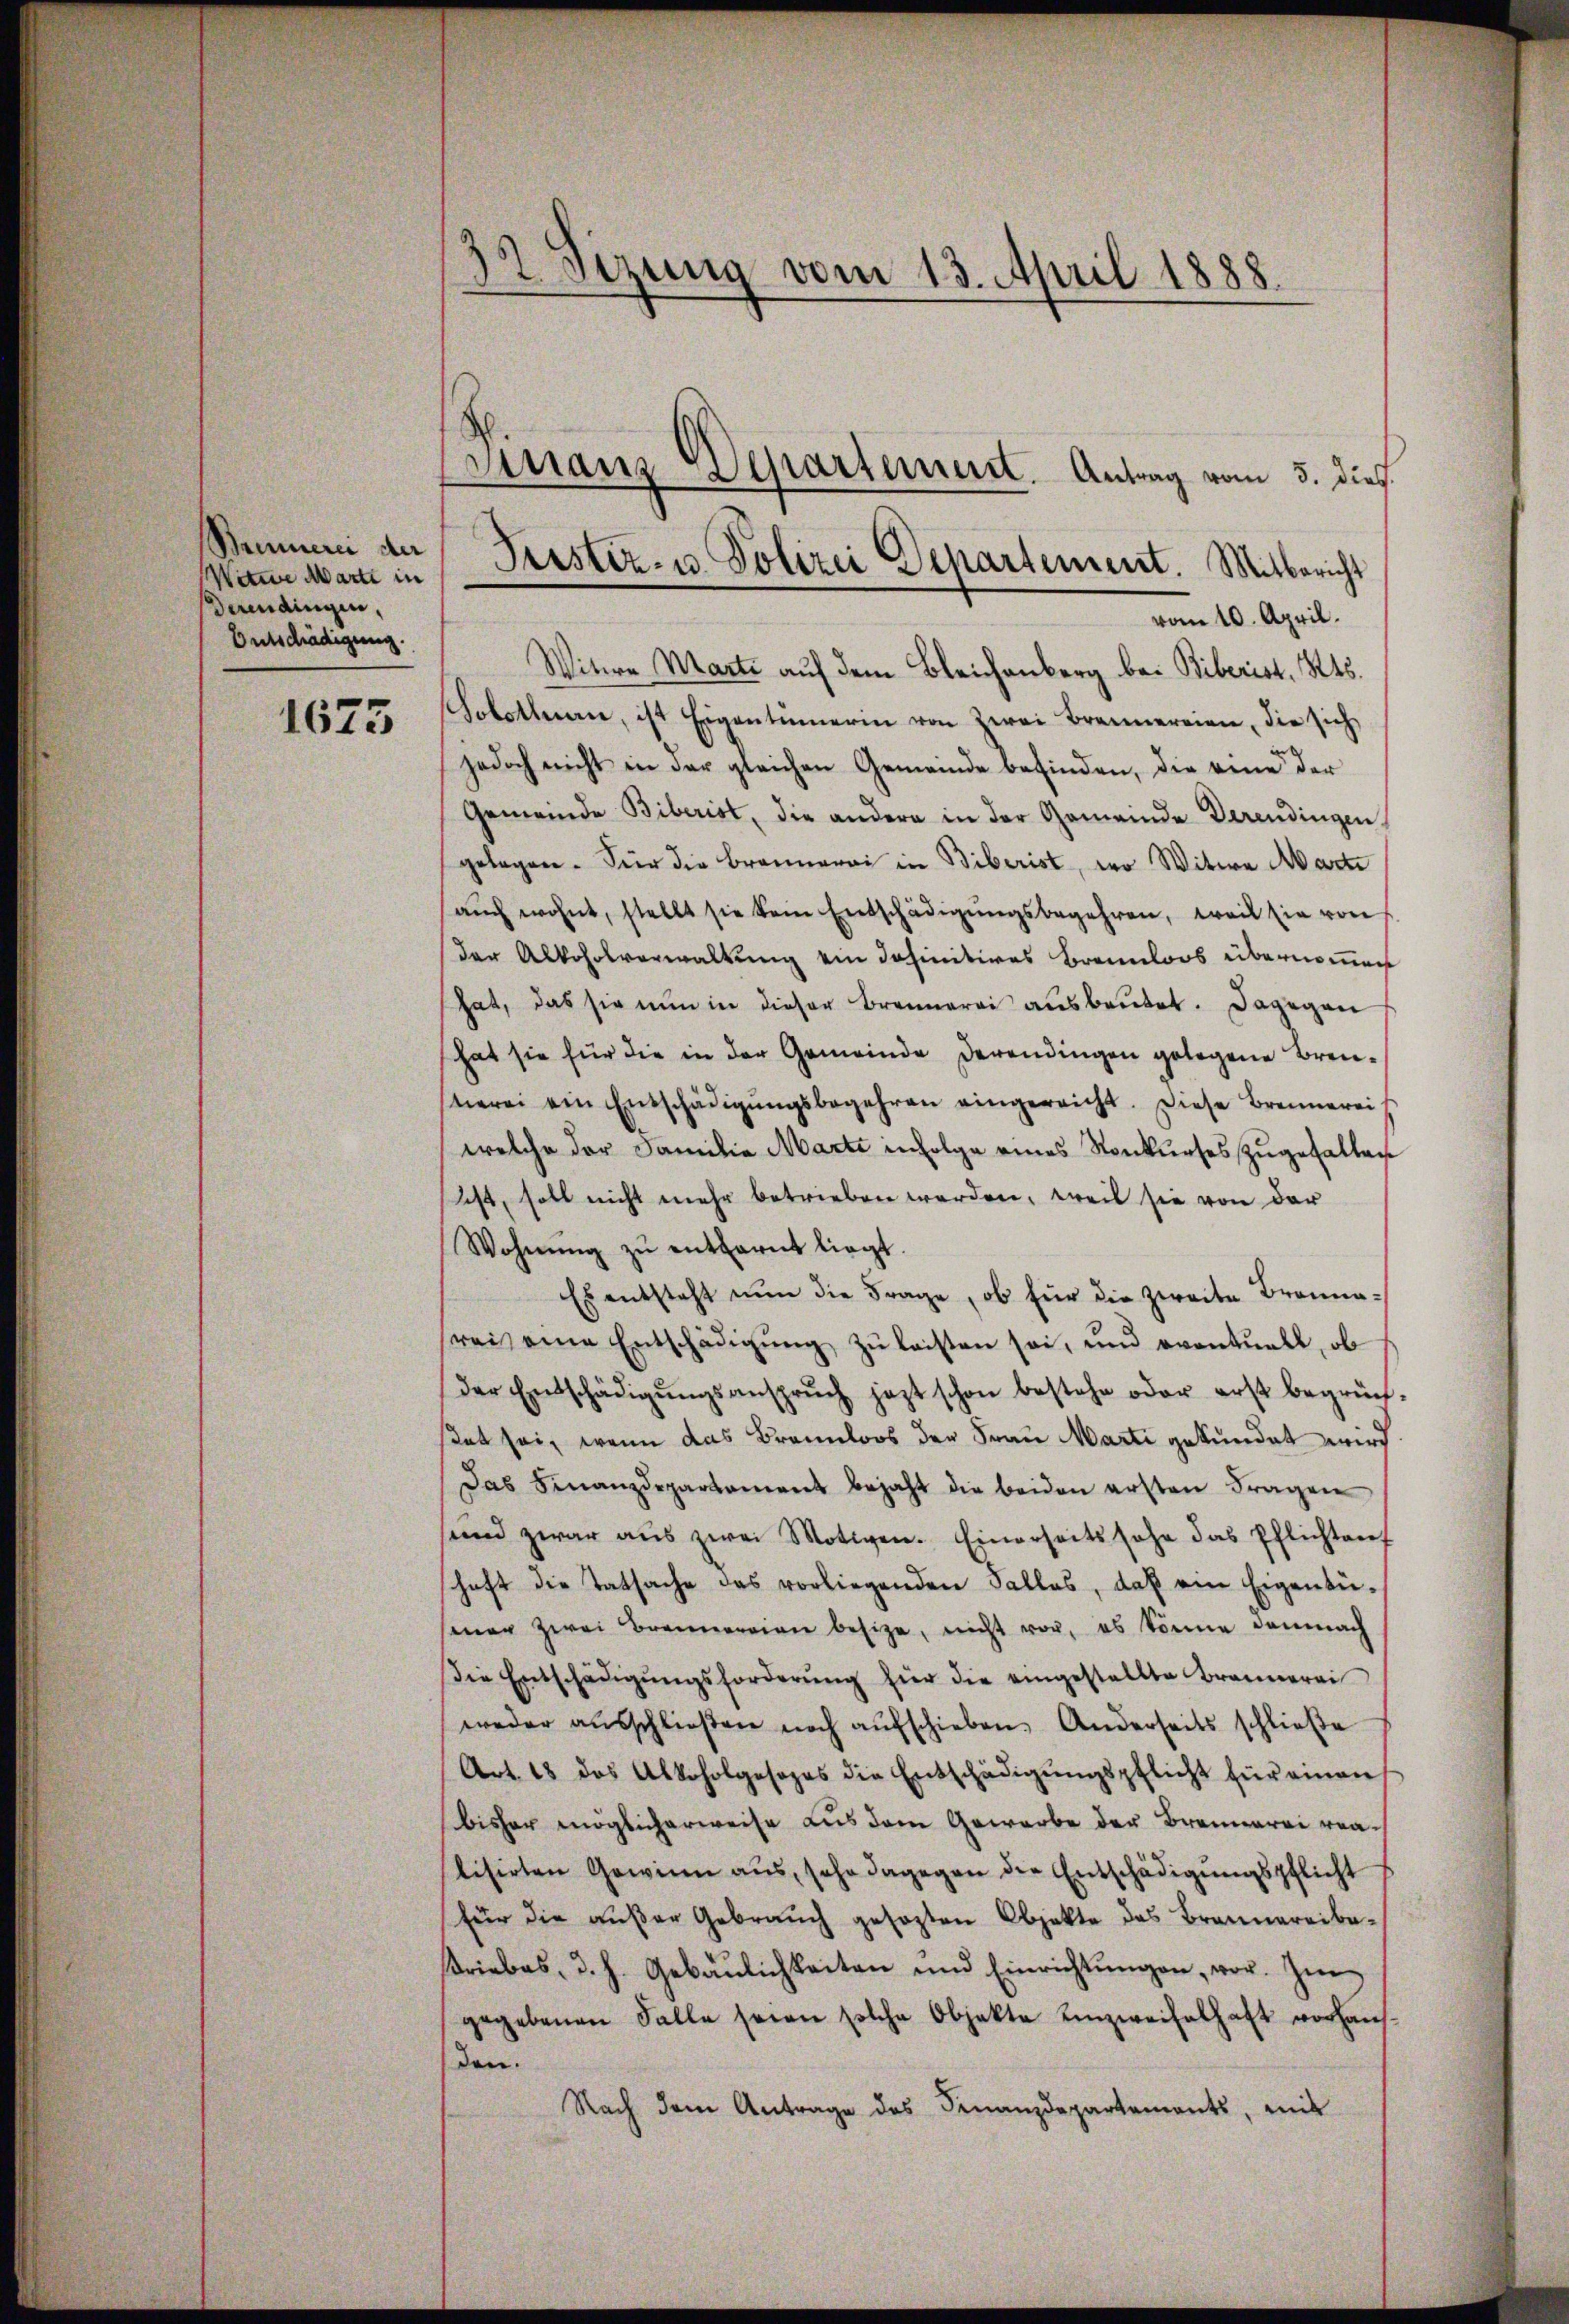
Brennerei der
Witwe Marti in
daidingen,
Entschädigung.

1673

35 Sizung vom 13. April 1888.

Witwe Marti auf dem Bleichenberg be- Biberist. Kts.
Solothurn, ist Eigentümerin von zwei Brennereien, die sich
jedoch nicht in der gleichen Gemeinde befinden, die eine der
Gemeinde Biberist, die andern in der Gemeinde Derendingen.
gelegen. Für die Brannerei in Biberist, wo Witwe Marti
aŭch wohnt, stellt sie kein Entschädigŭngsbegehren, weil sie von
der Alkoholverwaltung ein definitives Brennloos übernommen
hat, das sie nŭn in dieser Brennerei aŭsbaŭtet. Dagegen
hat sie für die in der Gemeinde derendingen gelegene Brentierei ein Entschädigŭngsbegehren eingereicht. Diese Brennerei
welche der Familie Marti infolge eines Konkurses zugefallen
ust, soll nicht mehr betrieben werden, weil sie von der
Wohnŭng zŭ entfernt liegt.
Es entsteht nŭn die Frage, ob für die zweite Brannareis eine Entschädigŭng zŭ leisten sei, und eventuell, ob
der Entschädigŭngsansprŭch jezt schon bestehe oder erst begrün
stet sei, wenn das Brannloos der Frau Marti gekündet wird
Das Finanzdepartement bejaht die beiden ersten Fragen
und zwar aŭs zwei Motiven. Einerseitssohn das Pflichtanf
schaft die Tatsache das vorliegenden Falles, daß ein Eigentü-
sener zwei Brennereien besize, nicht vor, es könne demnach
Die Entschädigŭngsforderŭng für die eingestellte Brannerei
weder aŭsschlieβen noch aŭfschieben. Anderseits schlieβe
Art. 18 das Abkoholgesezes die Entschädigŭngspflicht für einen
bisher möglicherweise aus dem Gewerbe der Brennerei realisirten Gewinn aŭs, sehr dagegen die Entschädigŭngspflicht
für die außer Gebrauch gesezten Objekte das Brannereiberiebes, d. h. Gebäŭlichkeiten und Einrichtŭngen, vor. Im
gegebenen Falle seien solche Objekte Einzweifelhaft vorhaus-
den.
Nach dem Antrage des Finanzdepartements, mit

Frister- u. Polizei Departement. Mitbericht
vom 10. April.

Finanz-Separtement. Antrag vom 5. dieß.